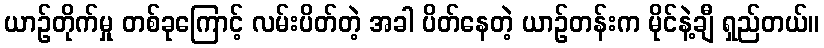
ယာဉ်တိုက်မှု တစ်ခုကြောင့် လမ်းပိတ်တဲ့ အခါ ပိတ်နေတဲ့ ယာဉ်တန်းက မိုင်နဲ့ချီ ရှည်တယ်။